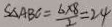
S _ { \Delta A B C } = \frac { 6 \times 8 } { 2 } = 2 4